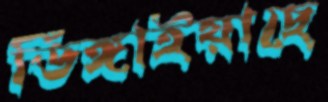
ডিঙ্গাইয়াছে